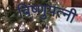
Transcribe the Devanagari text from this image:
विष्णुपत्नी